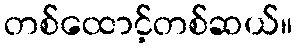
တစ်ထောင့်တစ်ဆယ်။